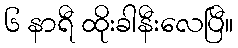
၆ နာရီ ထိုးခါနီးလေပြီ။